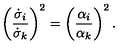
\left( \frac { \dot { \sigma } _ { i } } { \dot { \sigma } _ { k } } \right) ^ { 2 } = \left( \frac { \alpha _ { i } } { \alpha _ { k } } \right) ^ { 2 } .